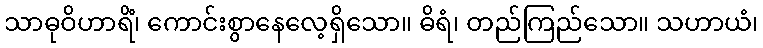
သာဓုဝိဟာရိံ၊ ကောင်းစွာနေလေ့ရှိသော။ ဓိရံ၊ တည်ကြည်သော။ သဟာယံ၊